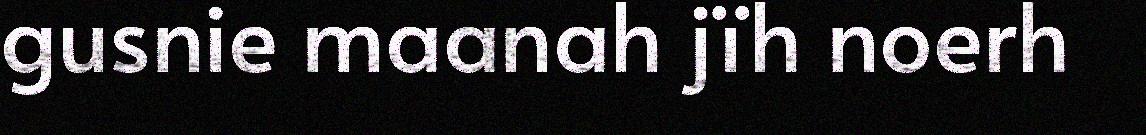
gusnie maanah jïh noerh